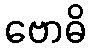
ဗောဓိ